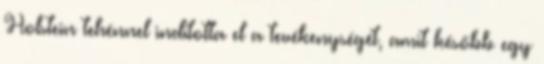
Holstein tehénnel indította el a tevékenységét, amit később egy